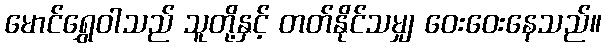
မောင်ရွှေဝါသည် သူတို့နှင့် တတ်နိုင်သမျှ ဝေးဝေးနေသည်။